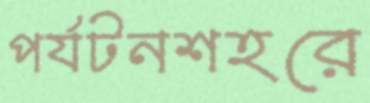
পর্যটনশহরে